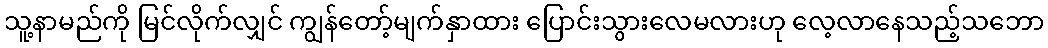
သူ့နာမည်ကို မြင်လိုက်လျှင် ကျွန်တော့်မျက်နှာထား ပြောင်းသွားလေမလားဟု လေ့လာနေသည့်သဘော